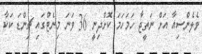
ވެލެންސިއާ އަށް ނަތީޖާ ހަމަހަމަ ކޮށްދިނީ 36 ވަނަ މިނެޓްގައި ޗިންޑަ ކަކާ